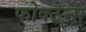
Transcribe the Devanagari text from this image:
फोक्टेन्स